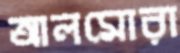
আলমোরা